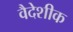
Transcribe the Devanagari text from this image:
वैदेशीक